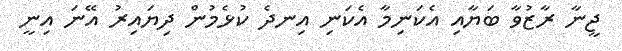
ޖީނާ ރާޒުވާ ބަޔާއި އެކަނިމާ އެކަނި އިނދެ ކުޅެމުން ދިޔައިރު އޭނަ އިނީ